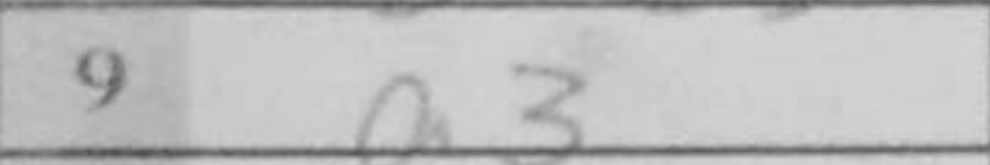
Transcription: a3